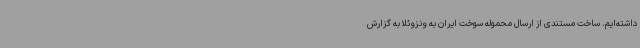
داشته‌ایم. ساخت مستندی از ارسال محموله سوخت ایران به ونزوئلا به گزارش